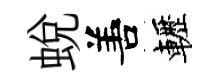
蜕𠵊轣